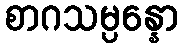
စာဂသမ္ပန္နော